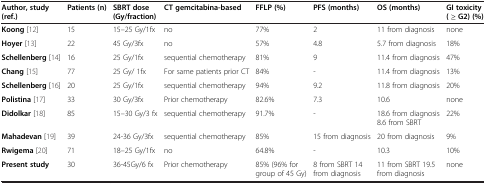
| Author, study (ref.) | Patients (n) | SBRT dose (Gy/fraction) | CT gemcitabina-based | FFLP (%) | PFS (months) | OS (months) | GI toxicity ( ≥ G2) (%) |
 | --- | --- | --- | --- | --- | --- | --- | --- |
 | Koong[12] | 15 | 15–25 Gy/1fx | no | 77% | 2 | 11 from diagnosis | none |
 | Hoyer[13] | 22 | 45 Gy/3fx | no | 57% | 4.8 | 5.7 from diagnosis | 18% |
 | Schellenberg[14] | 16 | 25 Gy/1fx | sequential chemotherapy | 81% | 9 | 11.4 from diagnosis | 47% |
 | Chang[15] | 77 | 25 Gy/ 1fx | For same patients prior CT | 84% | - | 11.4 from diagnosis | 13% |
 | Schellenberg[16] | 20 | 25 Gy/1fx | sequential chemotherapy | 94% | 9.2 | 11.8 from diagnosis | 20% |
 | Polistina[17] | 33 | 30 Gy/3fx | Prior chemotherapy | 82.6% | 7.3 | 10.6 | none |
 | Didolkar[18] | 85 | 15–30 Gy/3 fx | sequential chemotherapy | 91.7% | - | 18.6 from diagnosis 8.6 from SBRT | 22% |
 | Mahadevan[19] | 39 | 24-36 Gy/3fx | sequential chemotherapy | 85% | 15 from diagnosis | 20 from diagnosis | 9% |
 | Rwigema[20] | 71 | 18–25 Gy/1fx | no | 64.8% | - | 10.3 | 10% |
 | Present study | 30 | 36-45Gy/6 fx | Prior chemotherapy | 85% (96% for group of 45 Gy) | 8 from SBRT 14 from diagnosis | 11 from SBRT 19.5 from diagnosis | none |